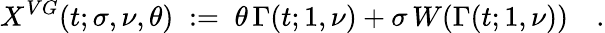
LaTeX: X^{VG}(t;\sigma,\nu,\theta)\; :=\; \theta\, \Gamma(t;1,\nu)+\sigma\, W(\Gamma(t;1,\nu))\quad.